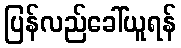
ပြန်လည်ခေါ်ယူရန်